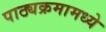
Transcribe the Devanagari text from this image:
पाठ्यक्रमामध्ये